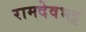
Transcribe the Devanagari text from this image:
रामदेवभट्ट